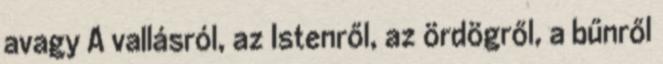
avagy A vallásról, az Istenről, az ördögről, a bűnről